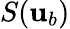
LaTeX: S({\mathbf{u}}_{b})